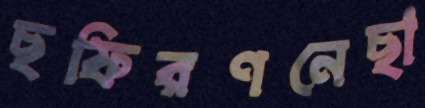
ছফিরণনেছা